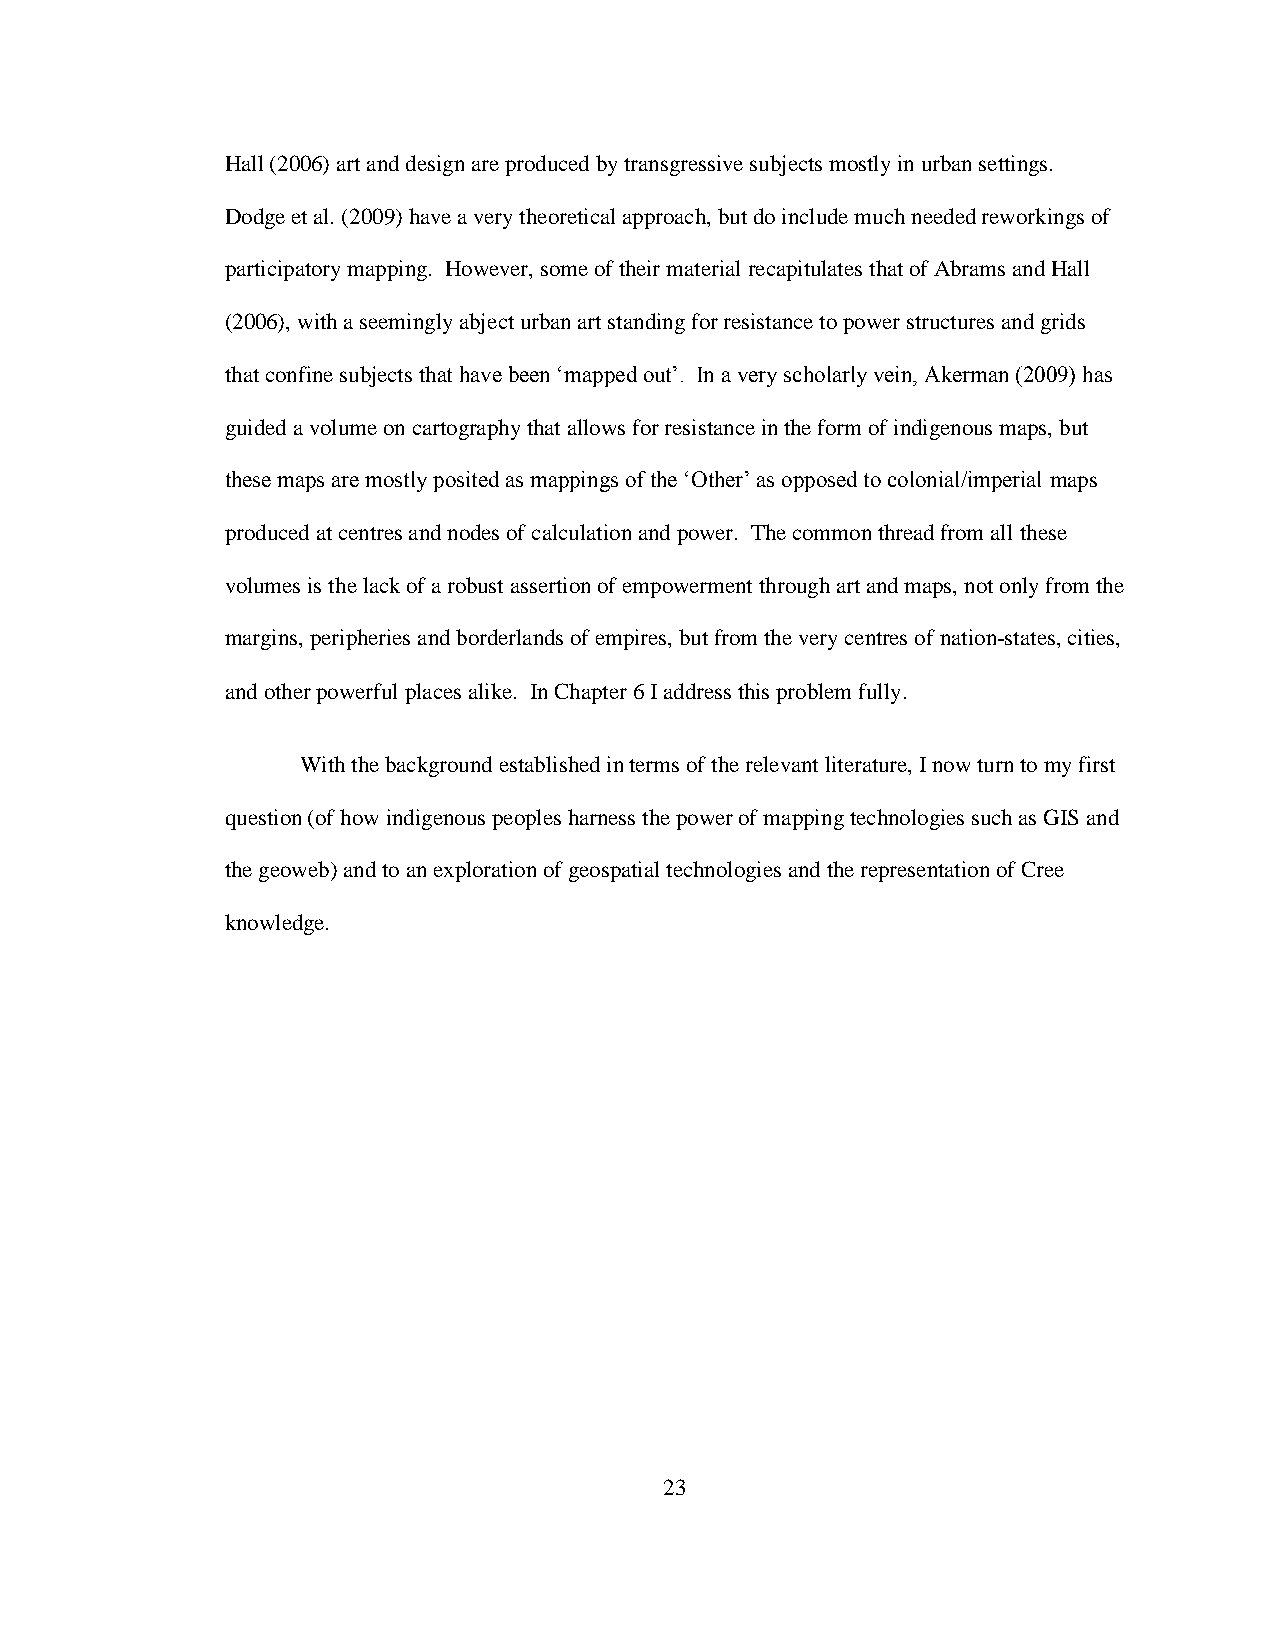
Hall (2006) art and design are produced by transgressive subjects mostly in urban settings.
 Dodge et al. (2009) have a very theoretical approach, but do include much needed reworkings of
 participatory mapping. However, some of their material recapitulates that of Abrams and Hall
 (2006), with a seemingly abject urban art standing for resistance to power structures and grids
 that confine subjects that have been „mapped out‟. In a very scholarly vein, Akerman (2009) has
 guided a volume on cartography that allows for resistance in the form of indigenous maps, but
 these maps are mostly posited as mappings of the „Other‟ as opposed to colonial/imperial maps
 produced at centres and nodes of calculation and power. The common thread from all these
 volumes is the lack of a robust assertion of empowerment through art and maps, not only from the
 margins, peripheries and borderlands of empires, but from the very centres of nation-states, cities,
 and other powerful places alike. In Chapter 6 I address this problem fully.
 With the background established in terms of the relevant literature, I now turn to my first
 question (of how indigenous peoples harness the power of mapping technologies such as GIS and
 the geoweb) and to an exploration of geospatial technologies and the representation of Cree
 knowledge.
 23